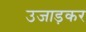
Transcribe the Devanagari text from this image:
उजाड़कर